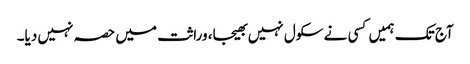
آج تک ہمیں کسی نے سکول نہیں بھیجا، وراثت میں حصہ نہیں دیا۔